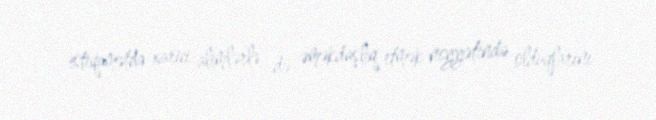
istiqamətdə xarici alimlərlə də əməkdaşlıq etmək niyyətində olduqlarını